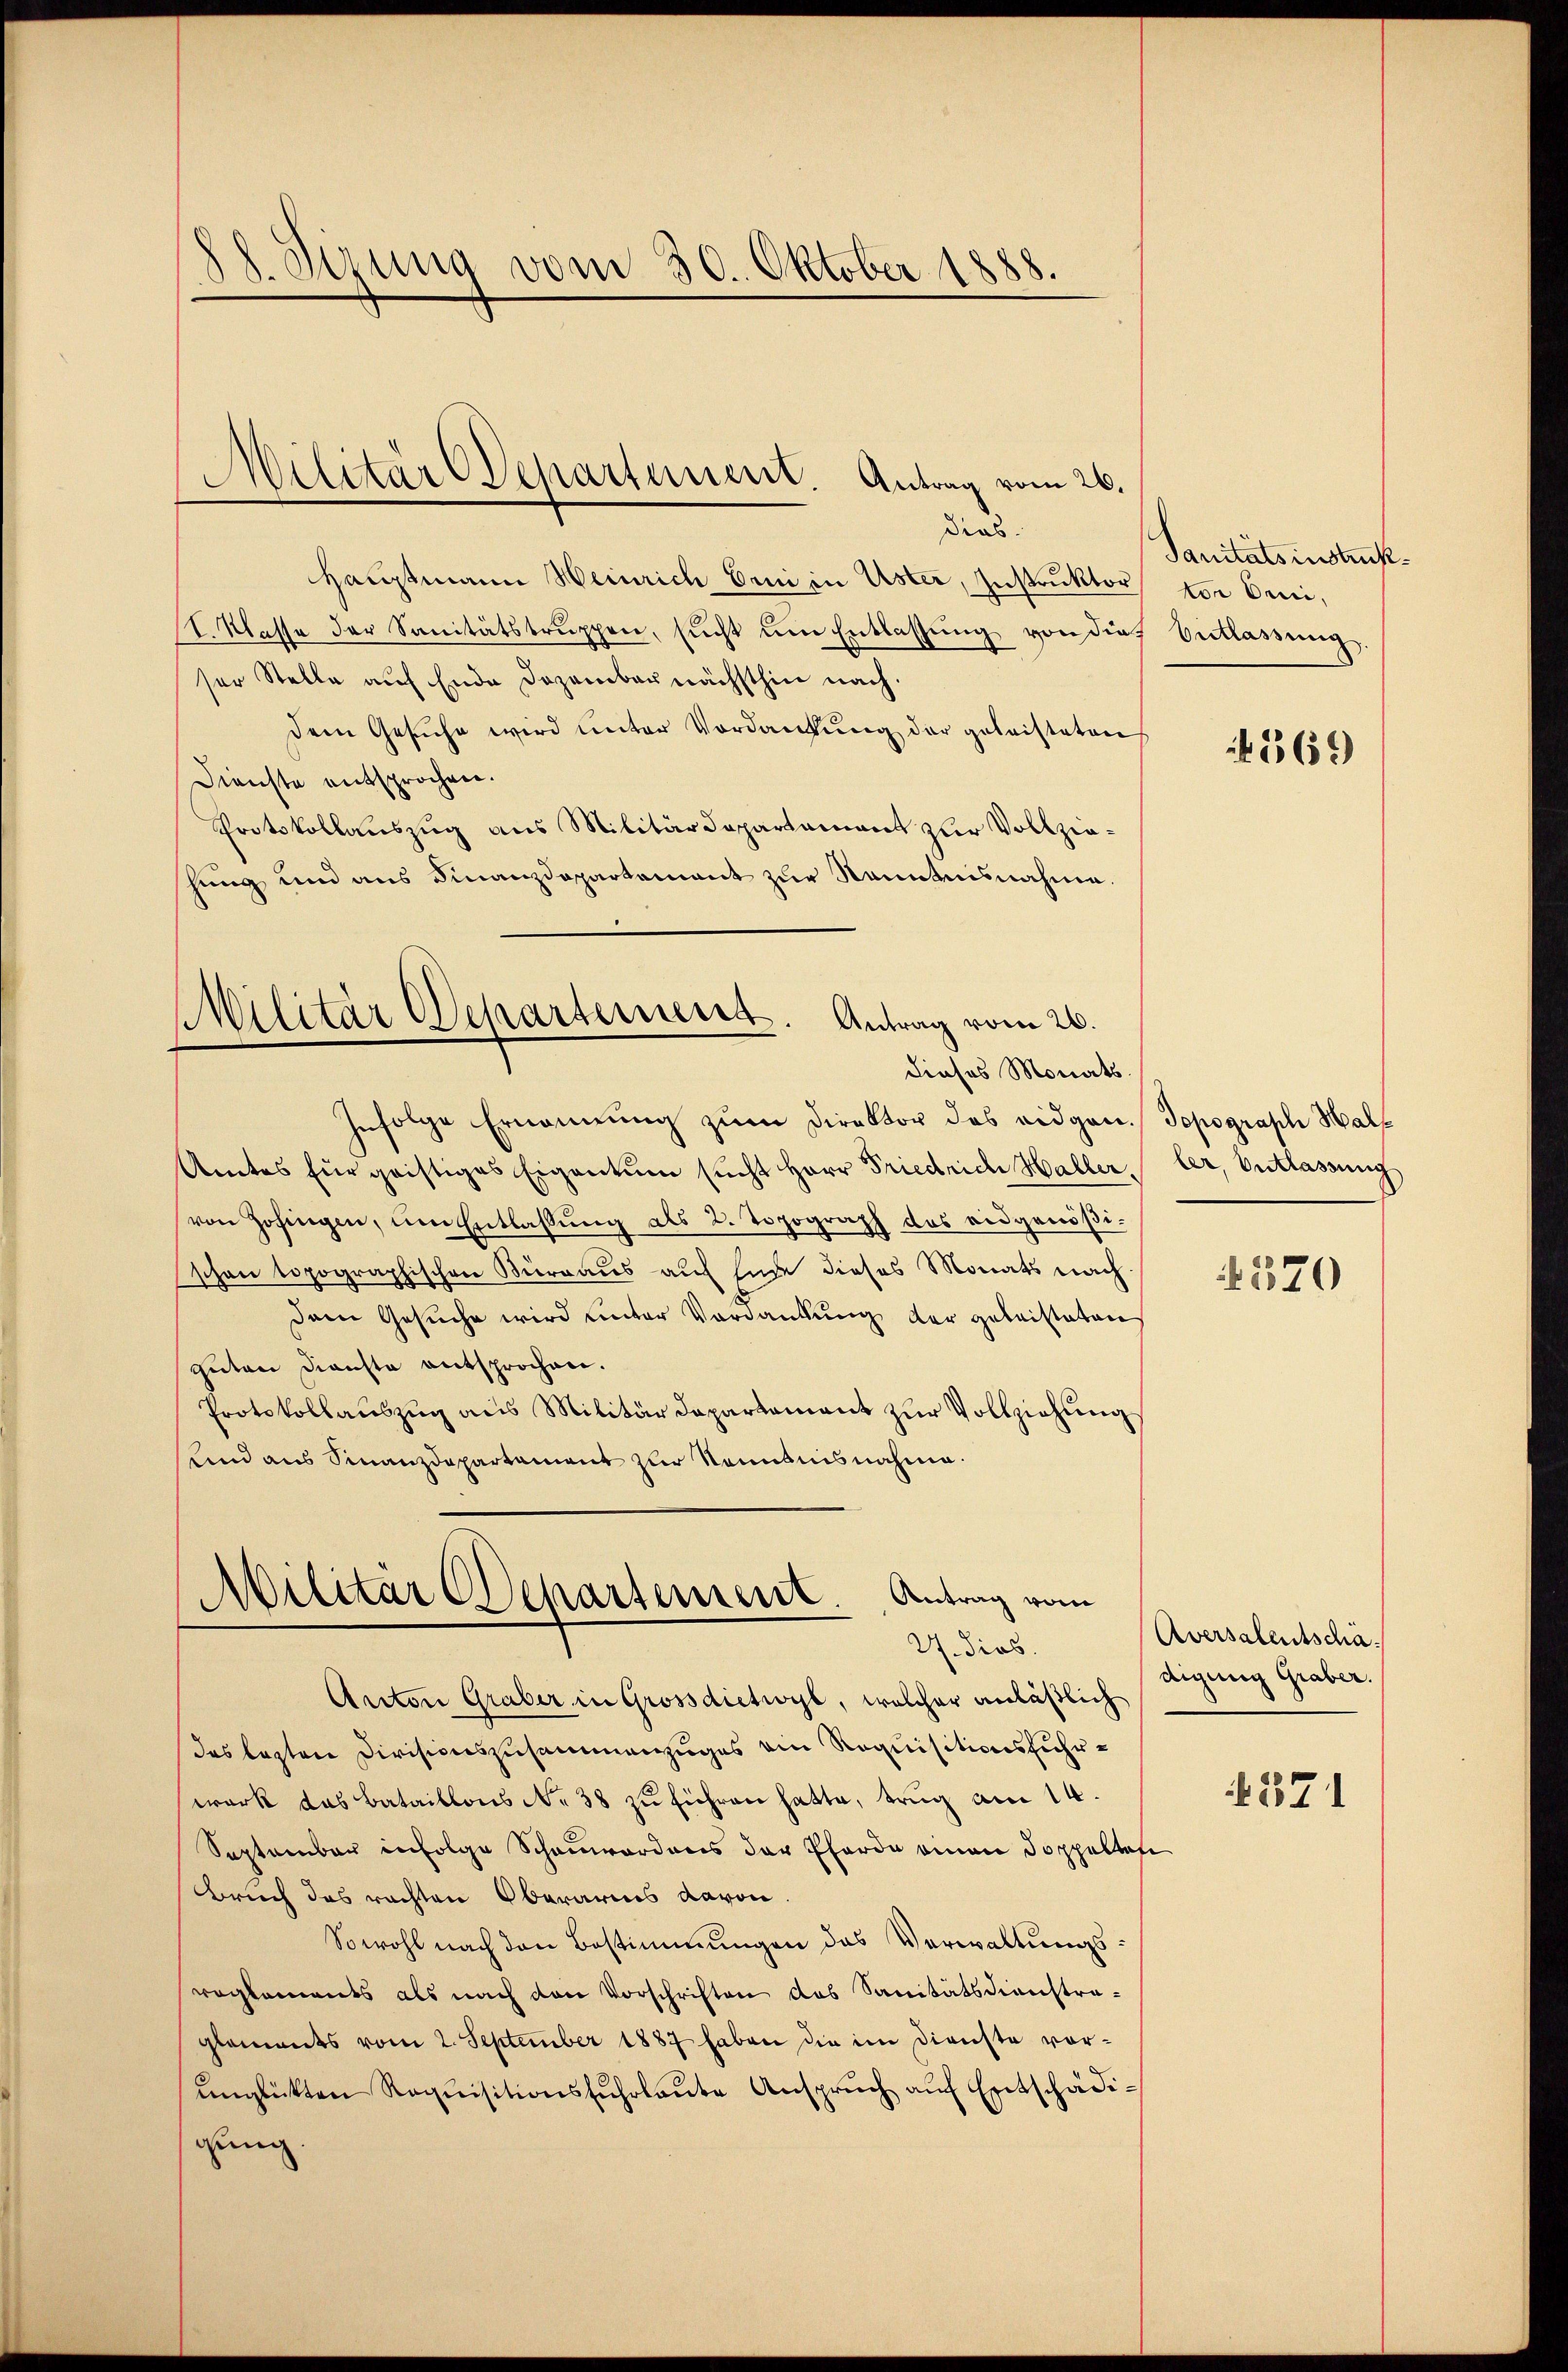
8. Sirung vom 30. Oktober 1888.

Hauptmann Weinrich Erni in Uster, Instruktor
I. Klasse der Sanitätstrŭppen, sŭcht ŭm Entlassŭng von dies
ser Stelle auf Ende Dezember nächsthin nach.
dem Gesuche wird unter Vordankung der geleisteten
Dienste entsprochen.
Protokollauszug aus Militärdepartament zur Vollziehung und aus Finanzdepartement zur Renntnisnahme.
Militär Scharternent. Antrag vom 26.
dieses Monats.
Infolge Ernennung zum Direktor des eidgen. Topograph Half
Amtes für geistiges Eigentum sŭcht Herr Friedrich Haller,
von Zofingen, um Entlassŭng als 2. Topograph das eidgenößischon topographischen Bürraus auf Ende dieses Monats nach
Dem Gesuche wird unter Vordankung der geleisteten
guten Dienste entsprochen.
Protokollaŭszŭg aŭs Militärdepartement zŭr Vollziehung
Lind aus Finanzdepartament zur Kenntnisnahme.

Militar Departement. Antrag vom 26.
dias.

Militär Departement Antrag vom
27. dies

Anton Graber in Grossdietwyl, welcher anläßlich
das lezten Divisionszusammenzuges ain Requisitionsfuhrwerk das Bataillons N. 38 zŭ führen hatte, trug am 14.
September infolge Schauordons der Pferde einen Doppelten
Brich das rachten Oberariis davon
Sowohl nach den Bestimmungen das Verwaltungsreglements als nach den Vorschriften das Sanitätsdienstraglements vom 2. September 1887 haben die im Dienste vorŭnglükten Requisitionssŭhrlaŭte Ansprŭch aŭf Entschädigung.

Sanitätsinstruktor Oeni,
Entlassung.

4369

ler, Entlassung

570

Aversalentscha
digung Graber.

571